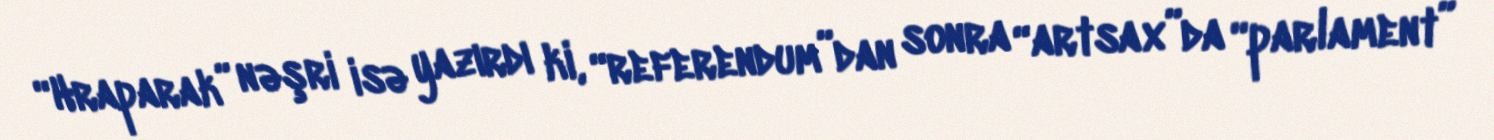
“Hraparak” nəşri isə yazırdı ki, “referendum”dan sonra “artsax”da “parlament”